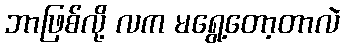
ဘာဖြစ်လို့ လက မရွေ့တော့တာလဲ